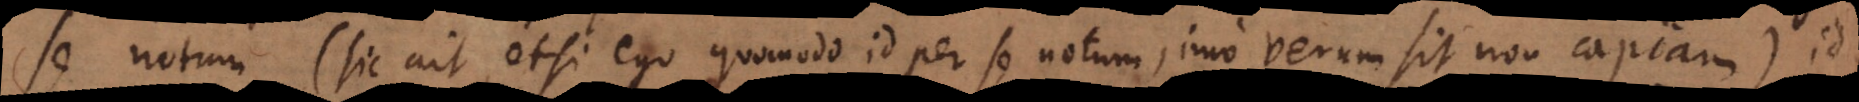
se notum (sic ait, etsi ego quomodo id per se notum, imo verum sit non capiam), id